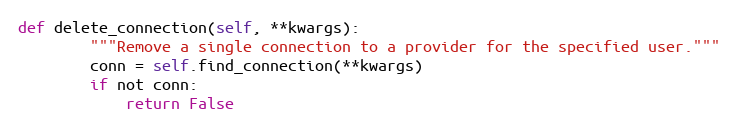
Language: Python
def delete_connection(self, **kwargs):
        """Remove a single connection to a provider for the specified user."""
        conn = self.find_connection(**kwargs)
        if not conn:
            return False